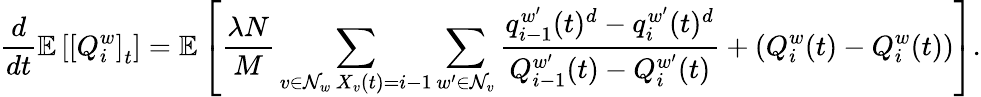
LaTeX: \frac{d}{dt}\mathbb{E}\left[\left[Q_{i}^{w}\right]_{t}\right]=\mathbb{E}\left[\frac{\lambda N}{M}\sum_{\substack{v\in\mathcal{N}_{w}\, X_{v}(t)=i-1}}\sum_{w^{\prime}\in\mathcal{N}_{v}}\frac{q_{i-1}^{w^{\prime}}(t)^{d}-q_{i}^{w^{\prime}}(t)^{d}}{Q_{i-1}^{w^{\prime}}(t)-Q_{i}^{w^{\prime}}(t)}+\left(Q_{i}^{w}(t)-Q_{i}^{w}(t)\right)\right].